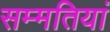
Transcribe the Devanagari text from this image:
सम्मतियां